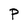
Character: P